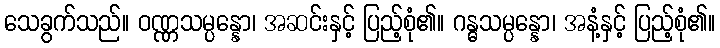
သေခွက်သည်။ ဝဏ္ဏသမ္ပန္နော၊ အဆင်းနှင့် ပြည့်စုံ၏။ ဂန္ဓသမ္ပန္နော၊ အနံ့နှင့် ပြည့်စုံ၏။